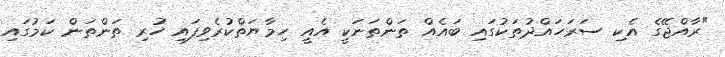
"ރާއްޖޭގެ އެކި ސަރަހައްދުތަކުގައި ބައެއް ތަންތަނަކީ އެއީ ހިމާޔަތްކުރެވިފައި ހުރި ތަންތަން ކަމުގައި